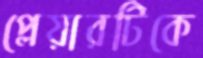
প্লেয়ারটিকে